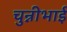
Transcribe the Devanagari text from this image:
चुन्नीभाई